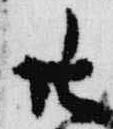
廿